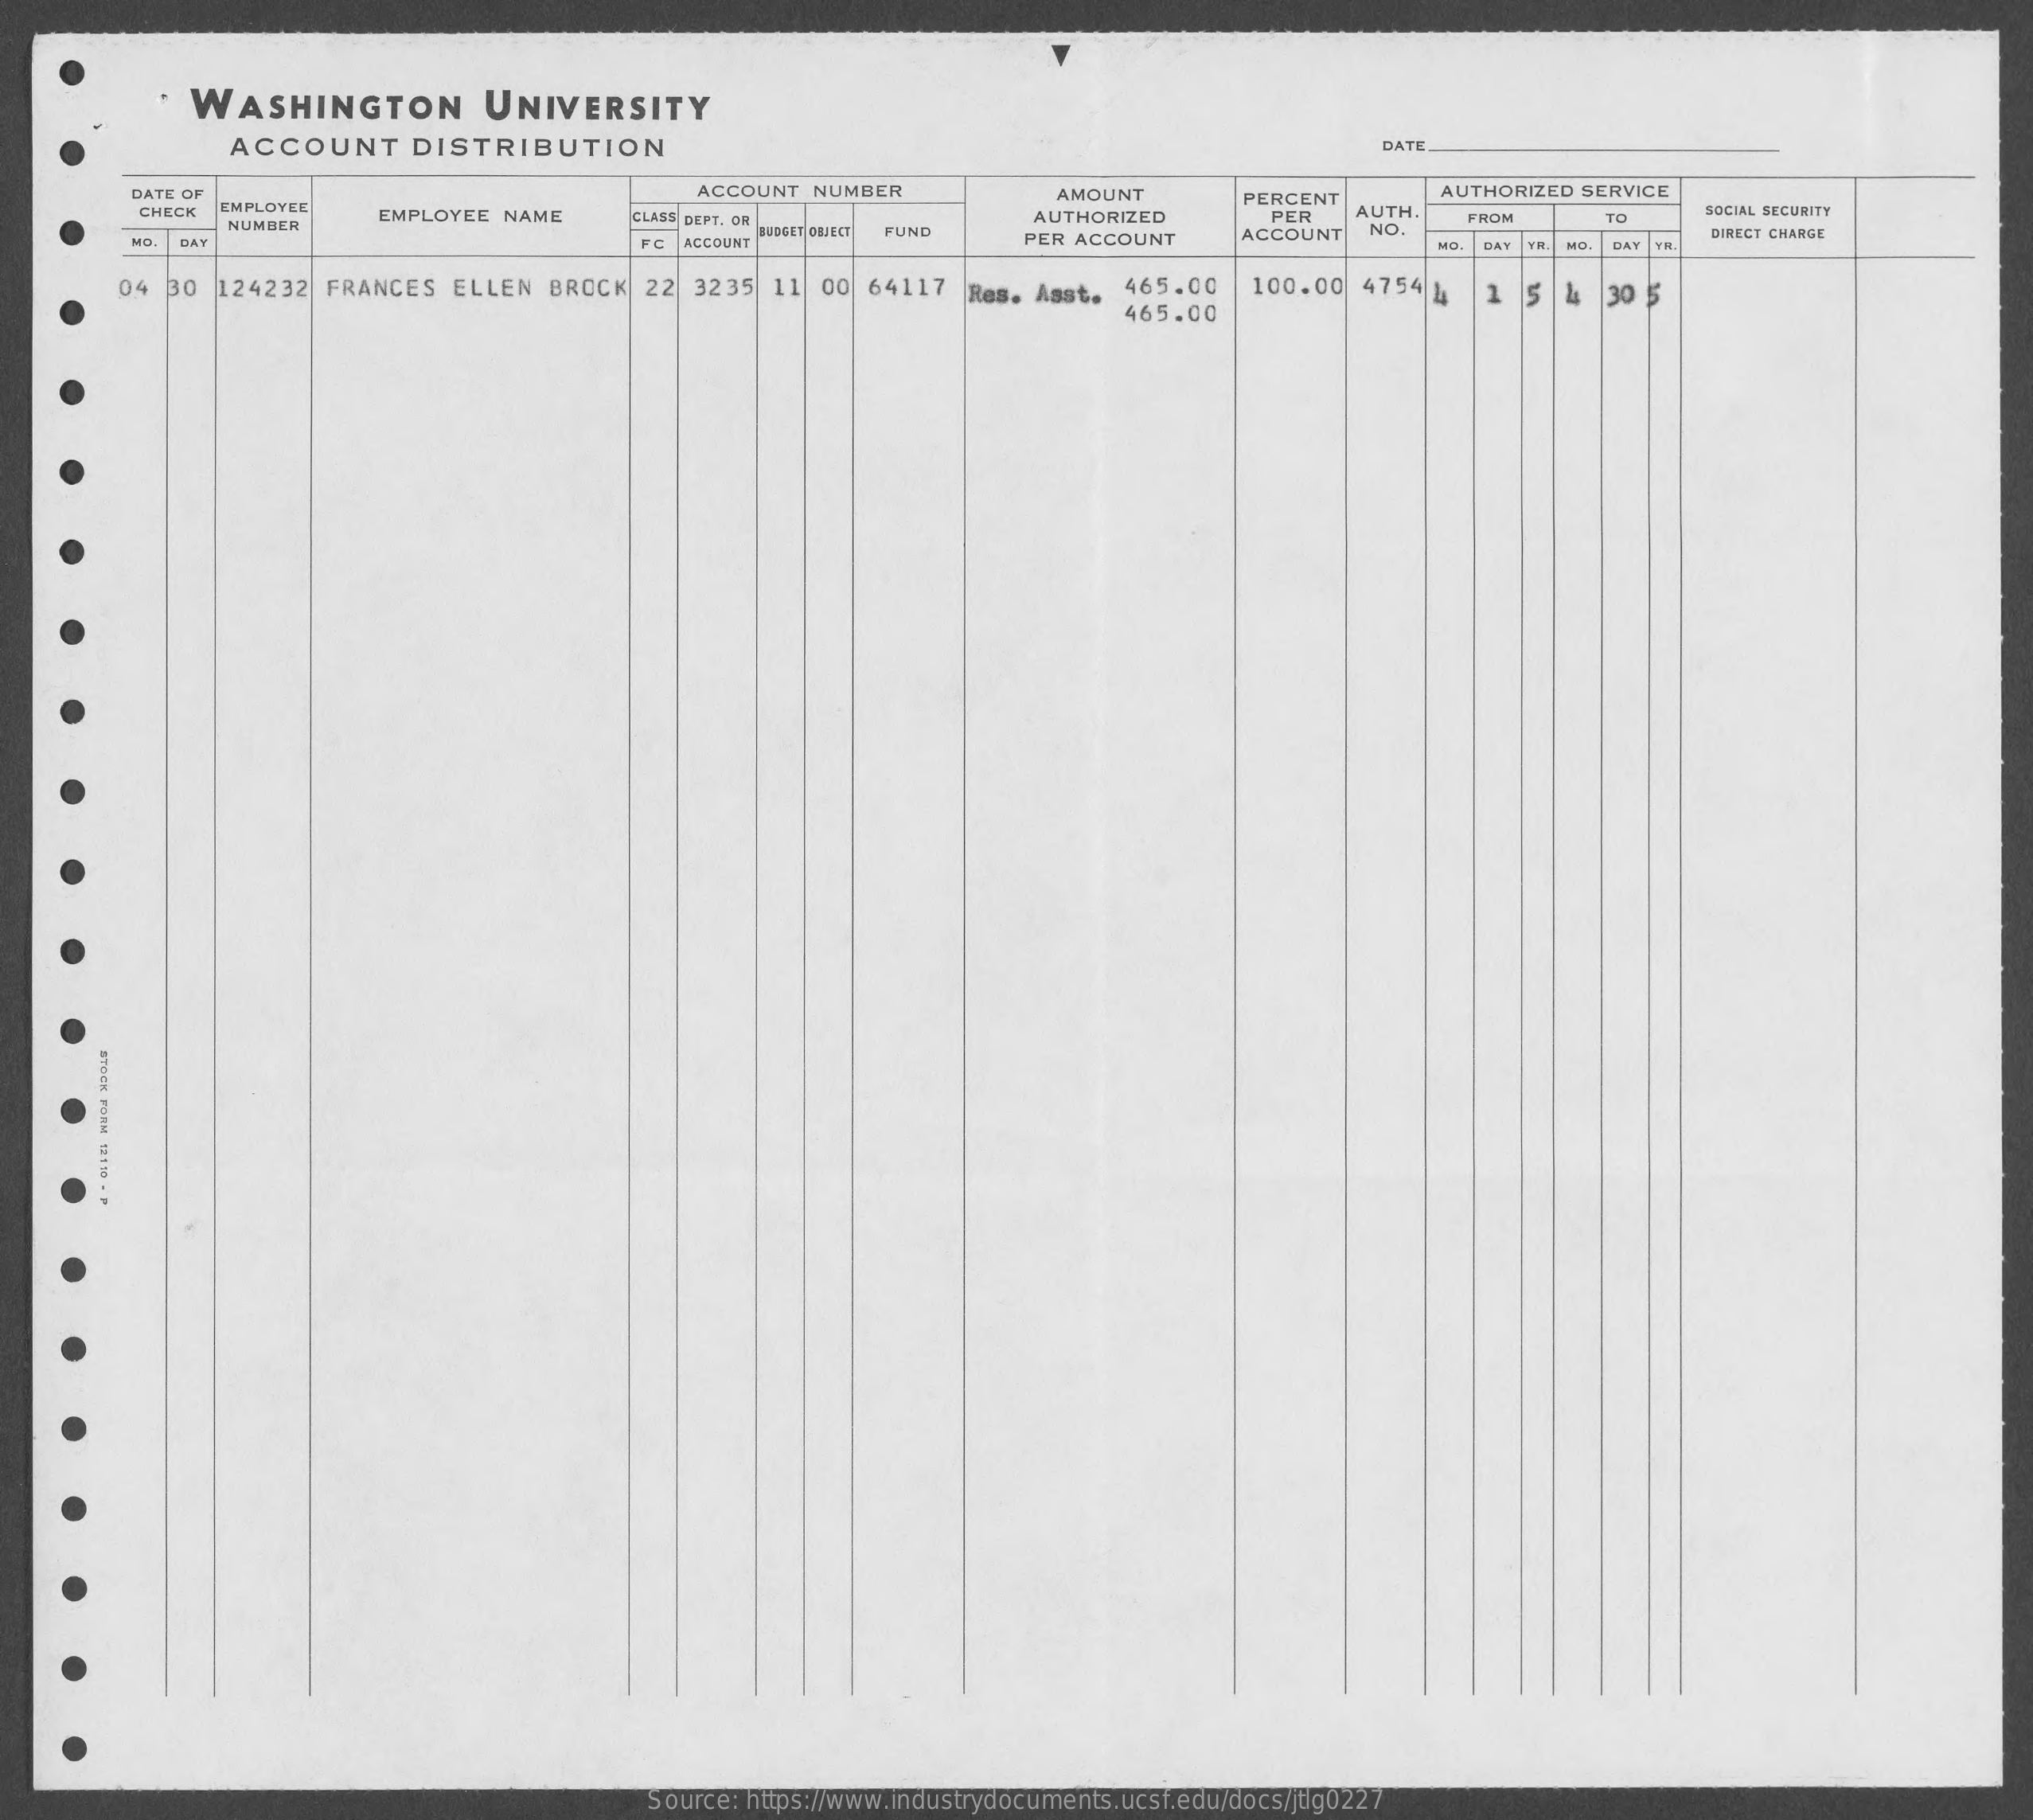
WASHINGTON    UNIVERSITY
     ACCOUNT  DISTRIBUTION    DATE
     DATE OF    ACCOUNT NUMBER   AMOUNT    AUTHORIZED SERVICE
     CHECK EMPLOYEE    AUTH
     NUMBER
     EMPLOYEE NAME CLASS DEPT. OR
     PERCENT
     SUBGET OBJECT
     AUTHORIZED PER
     FUND    NO
     FROM  TO   SOCIAL SECURITY
     MO.    FC ACCOUNT    PER ACCOUNT ACCOUNT
     BAY
     DIRECT CHARGE
     04 30 124232 FRANCES ELLEN BROCK 22 3235 11 00 64117 Res. Asst. 465.00 100.00 4754 4 5 4 30 5
     465.00
     1
     STOCK
     FORM
     121
     50
     -
     >
     Source: https://www.industrydocuments.ucsf.edu/docs/jtlg0227